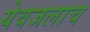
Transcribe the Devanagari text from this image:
येवजलाच